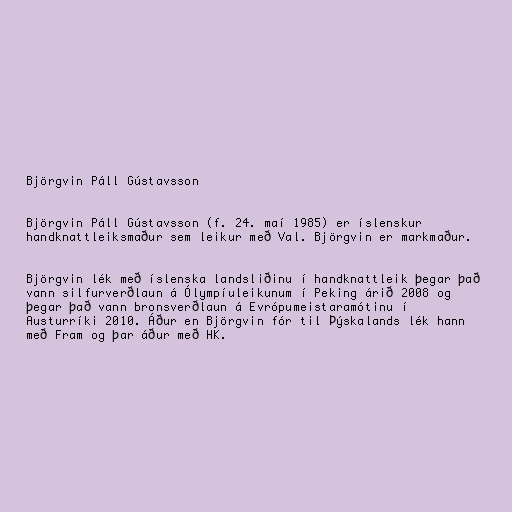
Björgvin Páll Gústavsson

Björgvin Páll Gústavsson (f. 24. maí 1985) er íslenskur
handknattleiksmaður sem leikur með Val. Björgvin er markmaður.

Björgvin lék með íslenska landsliðinu í handknattleik þegar það
vann silfurverðlaun á Ólympíuleikunum í Peking árið 2008 og
þegar það vann bronsverðlaun á Evrópumeistaramótinu í
Austurríki 2010. Áður en Björgvin fór til Þýskalands lék hann
með Fram og þar áður með HK.